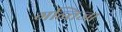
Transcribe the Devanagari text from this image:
गन्तिजा